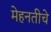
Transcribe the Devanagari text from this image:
मेहनतीचे